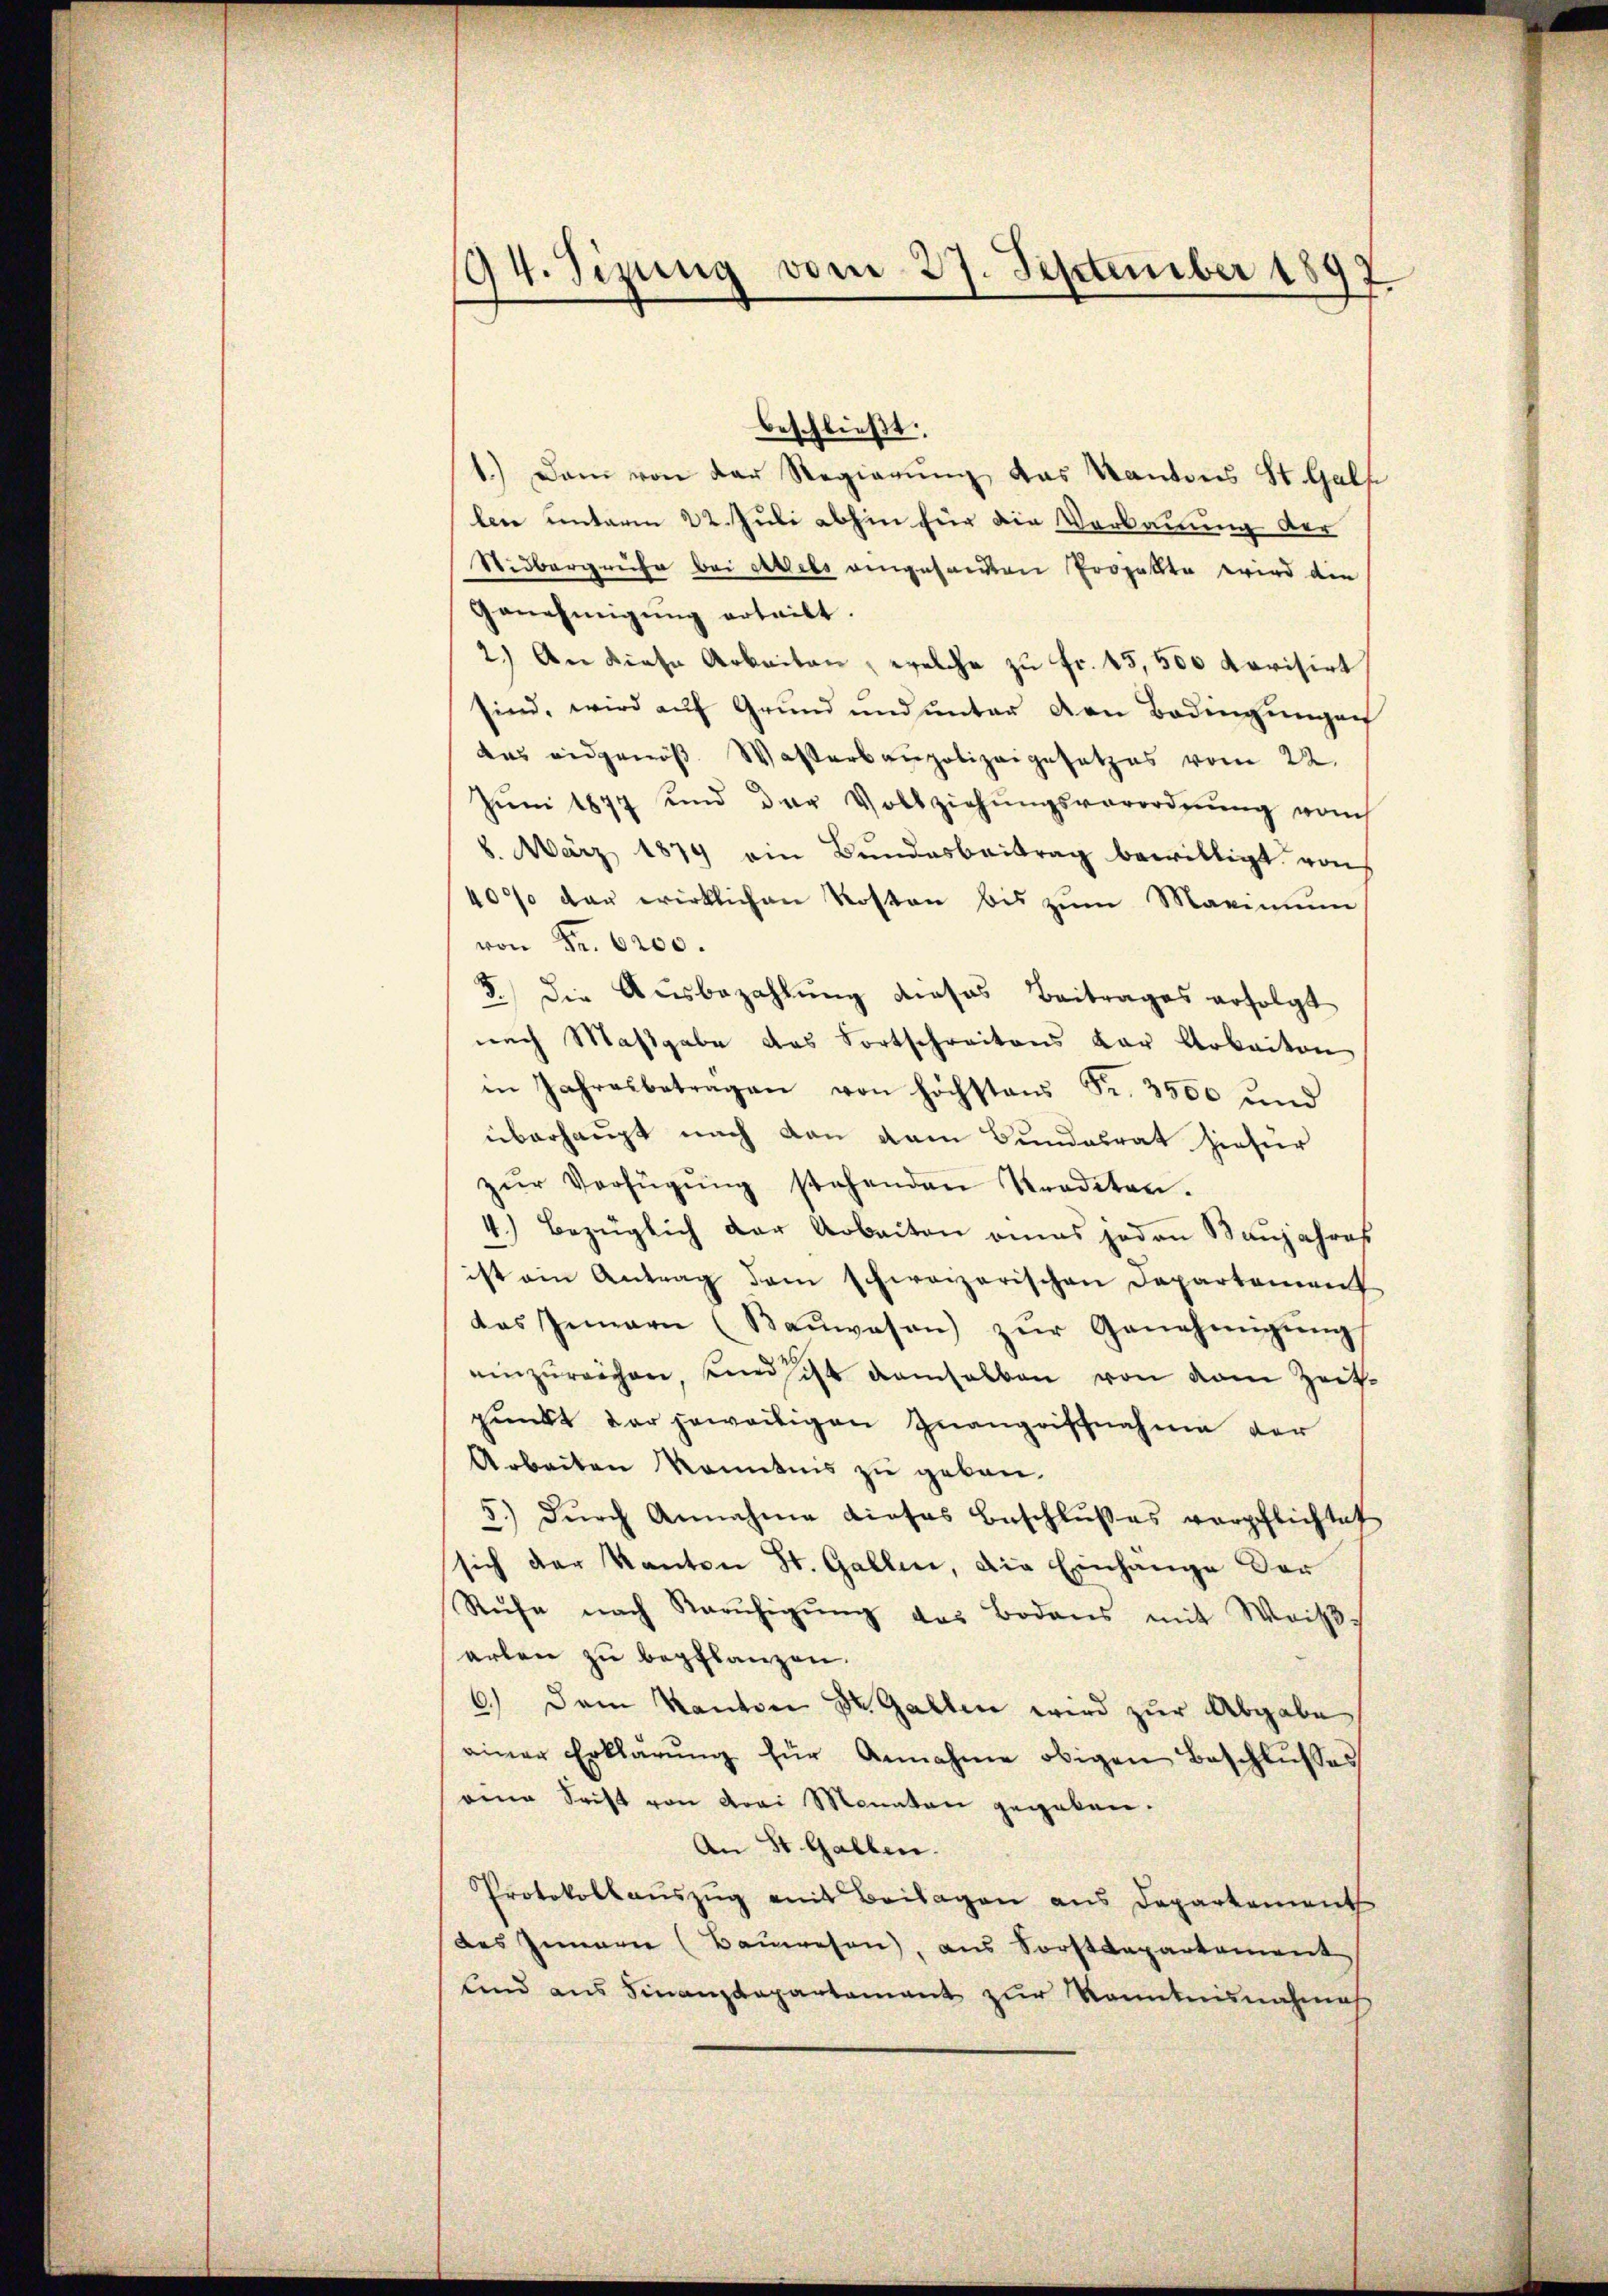
94. Sizung vom 27. September 189
.

beschließt:
1.) Dem von der Regierŭng das Kantons St. Galf
lere unterm 22. Juli abhin für die Vorbauung der
Sidbergruse bei Adels eingesandten Projekte wird die
Genehmigung erteilt.
2.) An diese Arbeiten, welche zu fr. 15,500 Korisirt
sind, wird aŭf Grŭnd ŭnd ŭnter von Badingŭngen
das eidgenöß Wasserbaupolizeigesetzes vom 22.
Jŭni 1877 und der Vollziehŭngsverordnŭng vom
8. März 1879 ein Bŭndesbeitrag bewilligt von
40% der wirklichen Kosten bis zŭm Maximum
von Fr. 6200.
8.) Die Ausbezahlung dieses Beitrages erfolgt
nach Maßgabe das Fortschreitens der Arbeiten
in Jahresbetragen von höchstens Fr. 3500 und
überhaupt nach von dem Bundesrat hiesier
zŭr Verfügŭng stehenden Strodeten.
4.) Bezüglich der Arbeiten eines jeden Baujahres
ist ein Antrag dem schweizerischen Departement
das Innern (Baŭwesen zŭr Genehmigŭng
einzŭreichen, und sicht demselben von dem Zeit-
punkt der jeweiligen Inangriffnahme der
Arbeiten konntnis zu geben.
5.) dŭrch Annahme dieses Beschlŭβes verpflichtet
sich der Kanton St. Gallene, die Einhänge der
Rŭfe nach Barŭhigŭng des Bodens mit Weiβ
arlen zu bepflanzen.
6.) Dem Kanton St. Gallen wird zŭr Abgabe
einer Erklärŭng für Annahme obigen Beschlŭsses
eene Frist von drei Monaten gegeben.
An St. Gallen.
Protokollauszug mit Beilagen aus Departement
des Inneren (Bauwesen, aus Forstdepartement
sind aus Finanzdepartamant zŭr Kenntnunahms